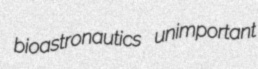
bioastronautics unimportant